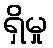
ရှိမှု